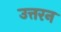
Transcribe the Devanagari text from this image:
उत्तरन